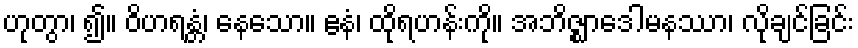
ဟုတွာ၊ ၍။ ဝိဟရန္တံ၊ နေသော။ ဧနံ၊ ထိုရဟန်းကို။ အဘိဇ္ဈာဒေါမနဿာ၊ လိုချင်ခြင်း